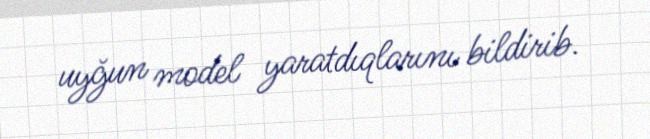
uyğun model yaratdıqlarını bildirib.